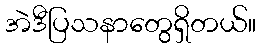
အဲဒီပြသနာတွေရှိတယ်။